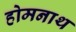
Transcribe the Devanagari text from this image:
होमनाथ